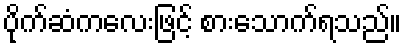
ပိုက်ဆံကလေးဖြင့် စားသောက်ရသည်။